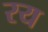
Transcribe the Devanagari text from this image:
रय